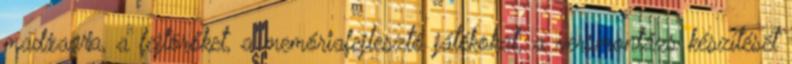
madzagra, a fejtörőket, a memóriafejlesztő játékokat, a versmontázs készítését